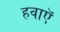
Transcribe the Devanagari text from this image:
हवाऍ